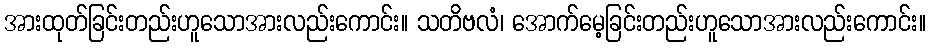
အားထုတ်ခြင်းတည်းဟူသောအားလည်းကောင်း။ သတိဗလံ၊ အောက်မေ့ခြင်းတည်းဟူသောအားလည်းကောင်း။